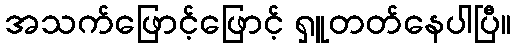
အသက်ဖြောင့်ဖြောင့် ရှူတတ်နေပါပြီ။